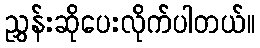
ညွှန်းဆိုပေးလိုက်ပါတယ်။